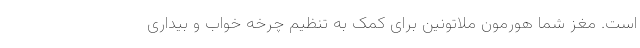
است. مغز شما هورمون ملاتونین برای کمک به تنظیم چرخه خواب و بیداری